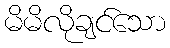
မိမိလိုချင်သော